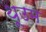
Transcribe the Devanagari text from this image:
थूउम